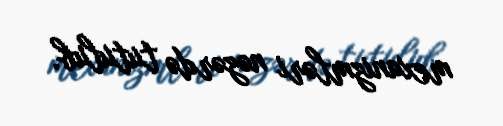
mexanizmləri nəzərdə tutulub.